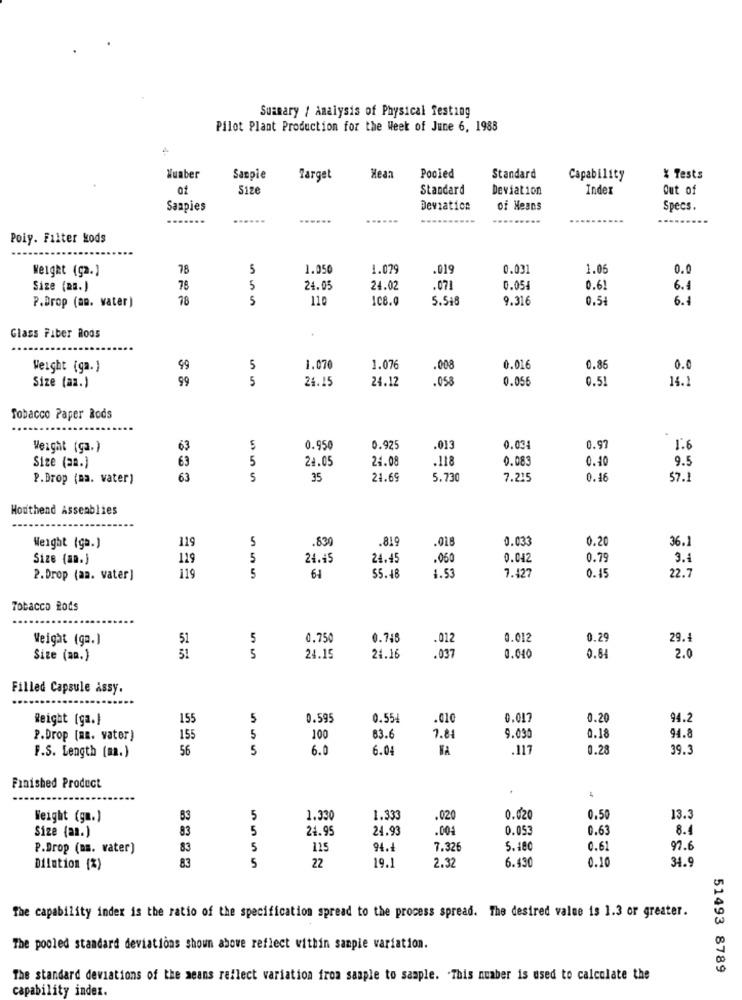
Summary / Analysis of Physical Testing
Pilot Plant Production for the Week of June 6, 1988
4
Wuaber
Sanpie
Target
Hean
Pooled
Standard
Capability
* Tests
ot
Size
Standard
Deviation
Inder
Out of
Saapies
Deviation
Of Means
Specs.
......
......
Poiy. Filter kods
Weight (ça.)
78
5
1.050
1.079
.019
0.031
1.06
0.0
Size (RB.)
78
5
24.05
24.02
.071
0.054
0.61
6.€
78
5
110
108.0
5.518
9.316
0.5
6.1
P.Drop (am. water)
Glass Fiber Rods
Weight (ga.)
49
5
1.070
1.076
.008
0.016
0.86
0.0
99
5
24.15
24.12
.058
0.056
0.51
14.1
Size (aa.)
Tobacco Paper Rods
Weight (ça.)
53
5
0.950
0.925
.013
0.034
0.97
1.6
63
5
24.05
24.08
.118
0.083
0.10
9.5
Size (aa.)
P.Drop (ma. water)
63
5
35
24.69
5.730
7.215
0.46
$7.1
Houthend Assemblies
119
5
.830
.018
0.033
0.20
36.1
Weight (ga.)
.819
Size (an.)
119
24.45
24.45
.050
0.042
0.79
3.1
119
5
1.53
7.427
0.45
22.7
2.Drop (aa. vater]
61
55. 48
Tobacco Rods
Weight (ga.]
51
5
0.750
0.746
.012
0.012
0.29
29.
.037
Size (ap.)
51
5
24.15
24.16
0.040
0.84
2.0
Filled Capsule assy.
Weight (ga.)
155
5
0.595
0.55
0.017
0.20
94.2
0.18
P.Drop [mm. vater)
155
5
100
83.
1.84
9.030
94.8
56
5
6.0
6.04
.117
0.28
39.3
F.S. Length (m.)
Finished Product
Weight (gm.)
53
5
1.330
1.333
.020
0.020
0.50
13.3
Size (am.)
83
5
24.95
24.93
.004
0.053
0.63
8.4
P.Drop (mm. vater)
83
5
115
94.4
7.326
5.180
0.6
97.6
83
5
19.1
2.32
0.10
34.9
Dilution {%)
22
6.430
The capability index is the ratio of the specification spread to the process spread. The desired value is 1.3 or greater.
The pooled standard deviations shown above reflect within sanpie variation.
51493 8789
The standard deviations of the means reflect variation from sample to sample. . This number is used to calculate the
capability index.